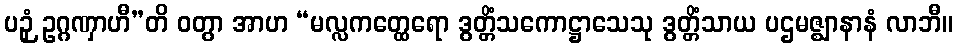
ပဉှံ ဥဂ္ဂဏှာဟီ”တိ ဝတွာ အာဟ “မလ္လကတ္ထေရော ဒွတ္တိံသကောဋ္ဌာသေသု ဒွတ္တိံသာယ ပဌမဇ္ဈာနာနံ လာဘီ။